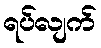
ရပ်လျက်